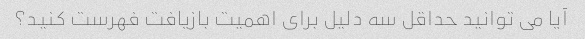
آیا می توانید حداقل سه دلیل برای اهمیت بازیافت فهرست کنید؟